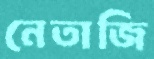
নেতাজি